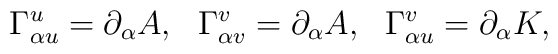
\Gamma^{u}_{\alpha u}=\partial _{\alpha} A ,~~  \Gamma^{v}_{\alpha v}=\partial _{\alpha} A,~~   \Gamma^{v}_{\alpha u}=\partial _{\alpha} K,